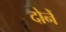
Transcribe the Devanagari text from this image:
दोनें